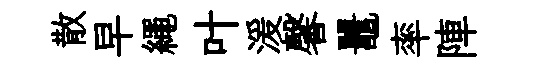
散早繩叶湲馨鼉率陣